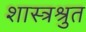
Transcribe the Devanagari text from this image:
शास्त्रश्रुत